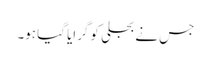
جس نے بجلی کو گرایا گیا ہو۔